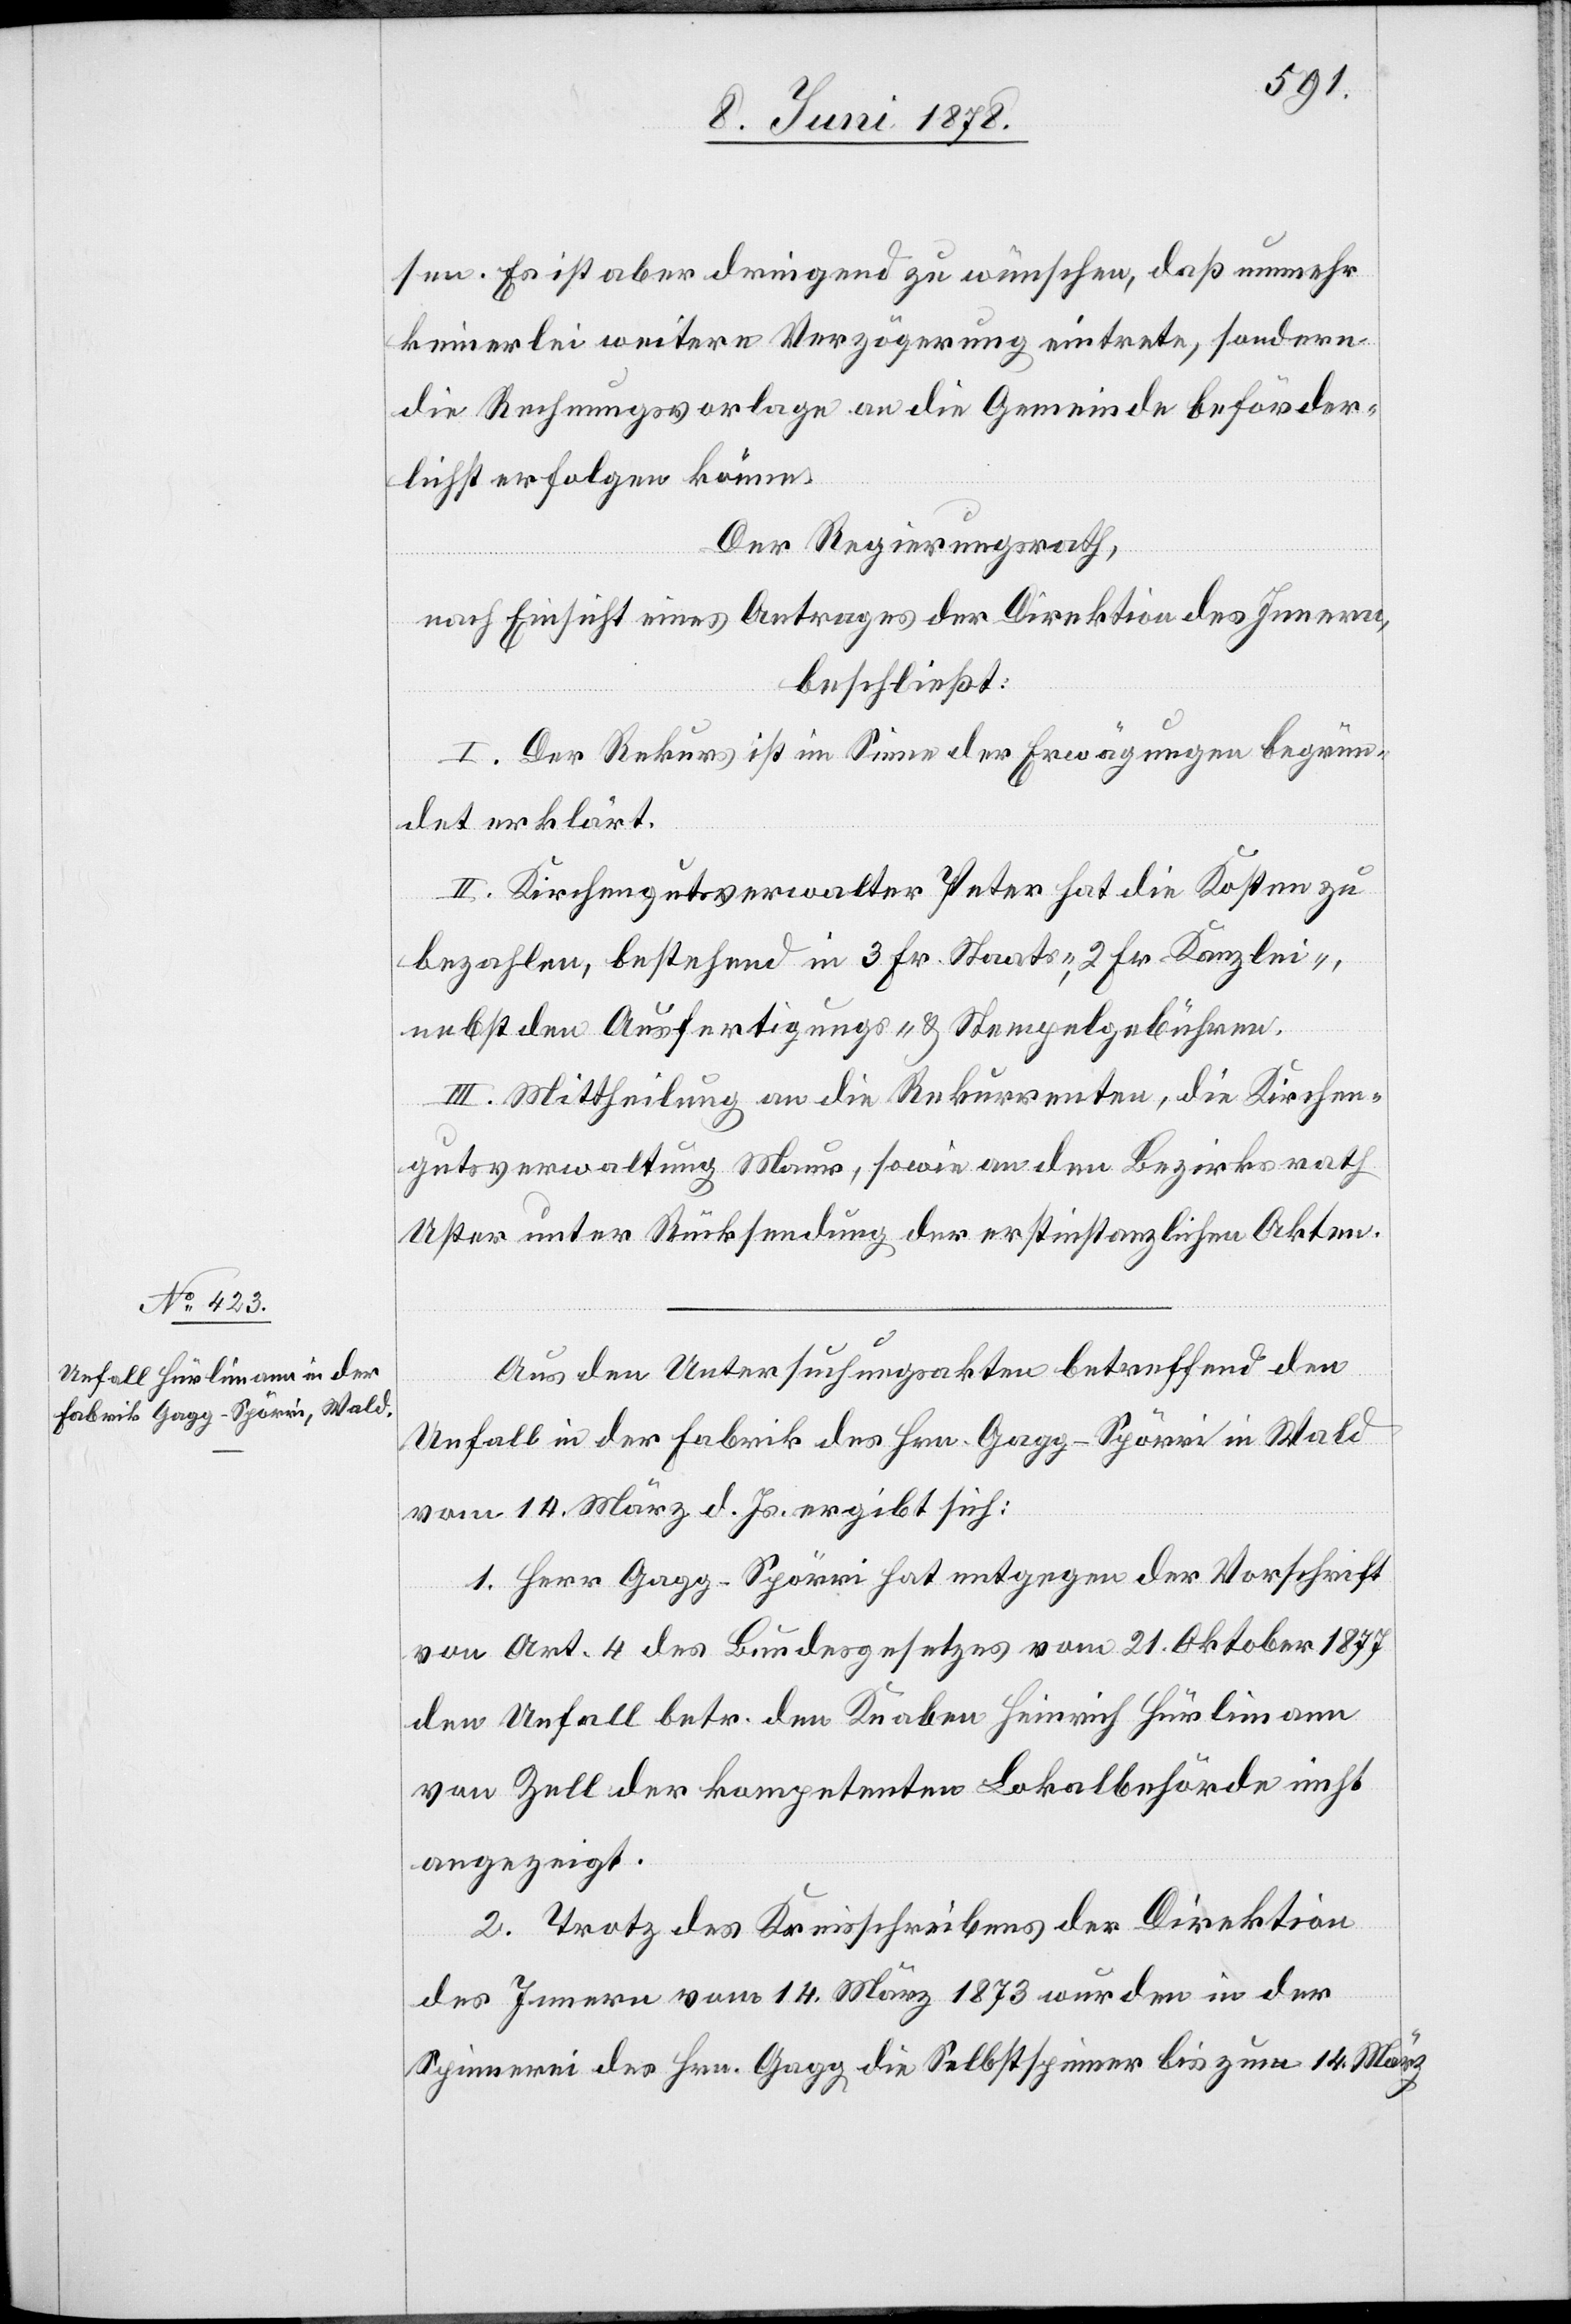
sen. Es ist aber dringend zu wünschen, daß nunmehr
keinerlei weitere Verzögerung eintrete, sondern
die Rechnungsvorlage an die Gemeinde beförder¬
lichst erfolgen könne.
Der Regierungsrath,
nach Einsicht eines Antrages der Direktion des Innern,
beschließt:
I. Der Rekurs ist im Sinne der Erwägungen begrün¬
det erklärt.
II. Kirchengutsverwalter Peter hat die Kosten zu
bezahlen, bestehend in 3 Fr. Staats-, 2 Fr. Kanzlei-,
nebst den Ausfertigungs- und Stempelgebühren.
III. Mittheilung an die Rekurrenten, die Kirchen¬
gutsverwaltung Maur, sowie an den Bezirksrath
Uster unter Rücksendung der erstinstanzlichen Akten.
Aus den Untersuchungsakten betreffend den
Unfall in der Fabrik des Hrn. Gagg-Spörri in Wald
vom 14. März d. Js. ergibt sich:
1. Herr Gagg-Spörri hat entgegen der Vorschrift
von Art. 4 des Bundesgesetzes vom 21. Oktober 1877
den Unfall betr. den Knaben Heinrich Hürlimann
von Zell der kompetenten Lokalbehörde nicht
angezeigt.
2. Trotz des Kreisschreibens der Direktion
des Innern vom 14. März 1873 wurden in der
Spinnerei des Hrn. Gagg die Selbstspinner bis zum 14. März